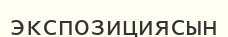
экспозициясын